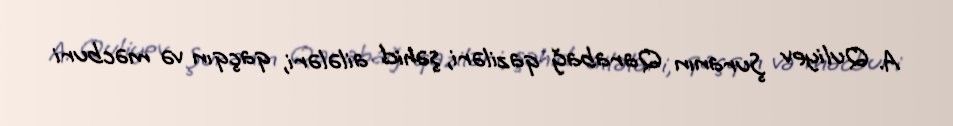
A. Quliyev Şuranın Qarabağ qaziləri, şəhid ailələri, qaçqın və məcburi